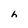
Character: h